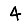
Digit: 4